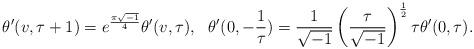
LaTeX: \begin{align*}\theta'(v,\tau+1)=e^{\frac{\pi\sqrt{-1}}{4}}\theta'(v,\tau),~~ \theta'(0,-\frac{1}{\tau})=\frac{1}{\sqrt{-1}}\left(\frac{\tau}{\sqrt{-1}}\right)^{\frac{1}{2}}\tau\theta'(0,\tau).\end{align*}